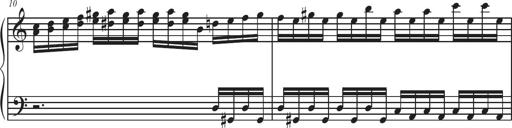
Title: Sonatina Espania
Composer: Jerald Franklin Archer
Key: Various